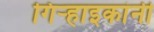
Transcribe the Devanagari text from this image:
गिर्‍हाइकांनी